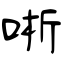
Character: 唽